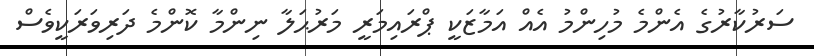
ސަރުކާރުގެ އެންމެ މުހިންމު އެއް އަމާޒަކީ ޕްރައިމަރީ މަރުޙަލާ ނިންމާ ކޮންމެ ދަރިވަރަކީވެސް